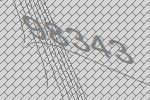
98343